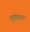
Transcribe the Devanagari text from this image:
नपुंषकता